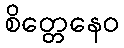
စိတ္တေနေဝ